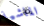
الماشية